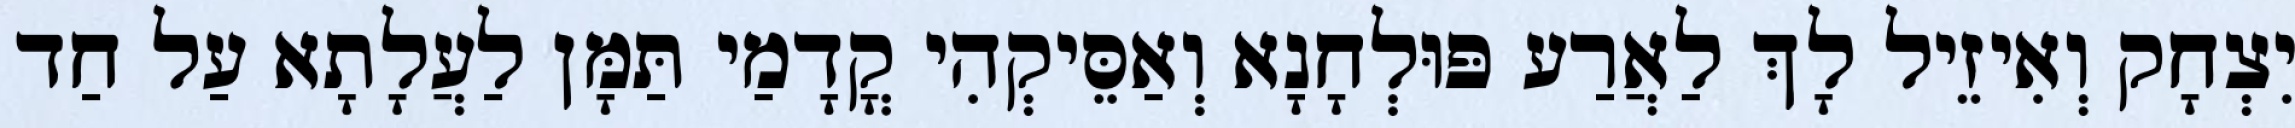
יִצְחָק וְאִיזֵיל לָךְ לַאֲרַע פּוּלְחָנָא וְאַסֵּיקְהִי קֳדָמַי תַּמָּן לַעֲלָתָא עַל חַד